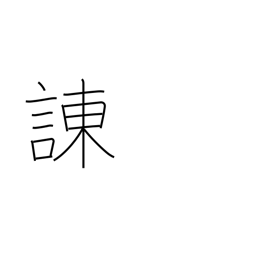
Meaning: admonish